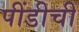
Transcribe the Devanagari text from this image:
पींडीची